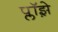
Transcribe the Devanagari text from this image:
प्लॉझ़े